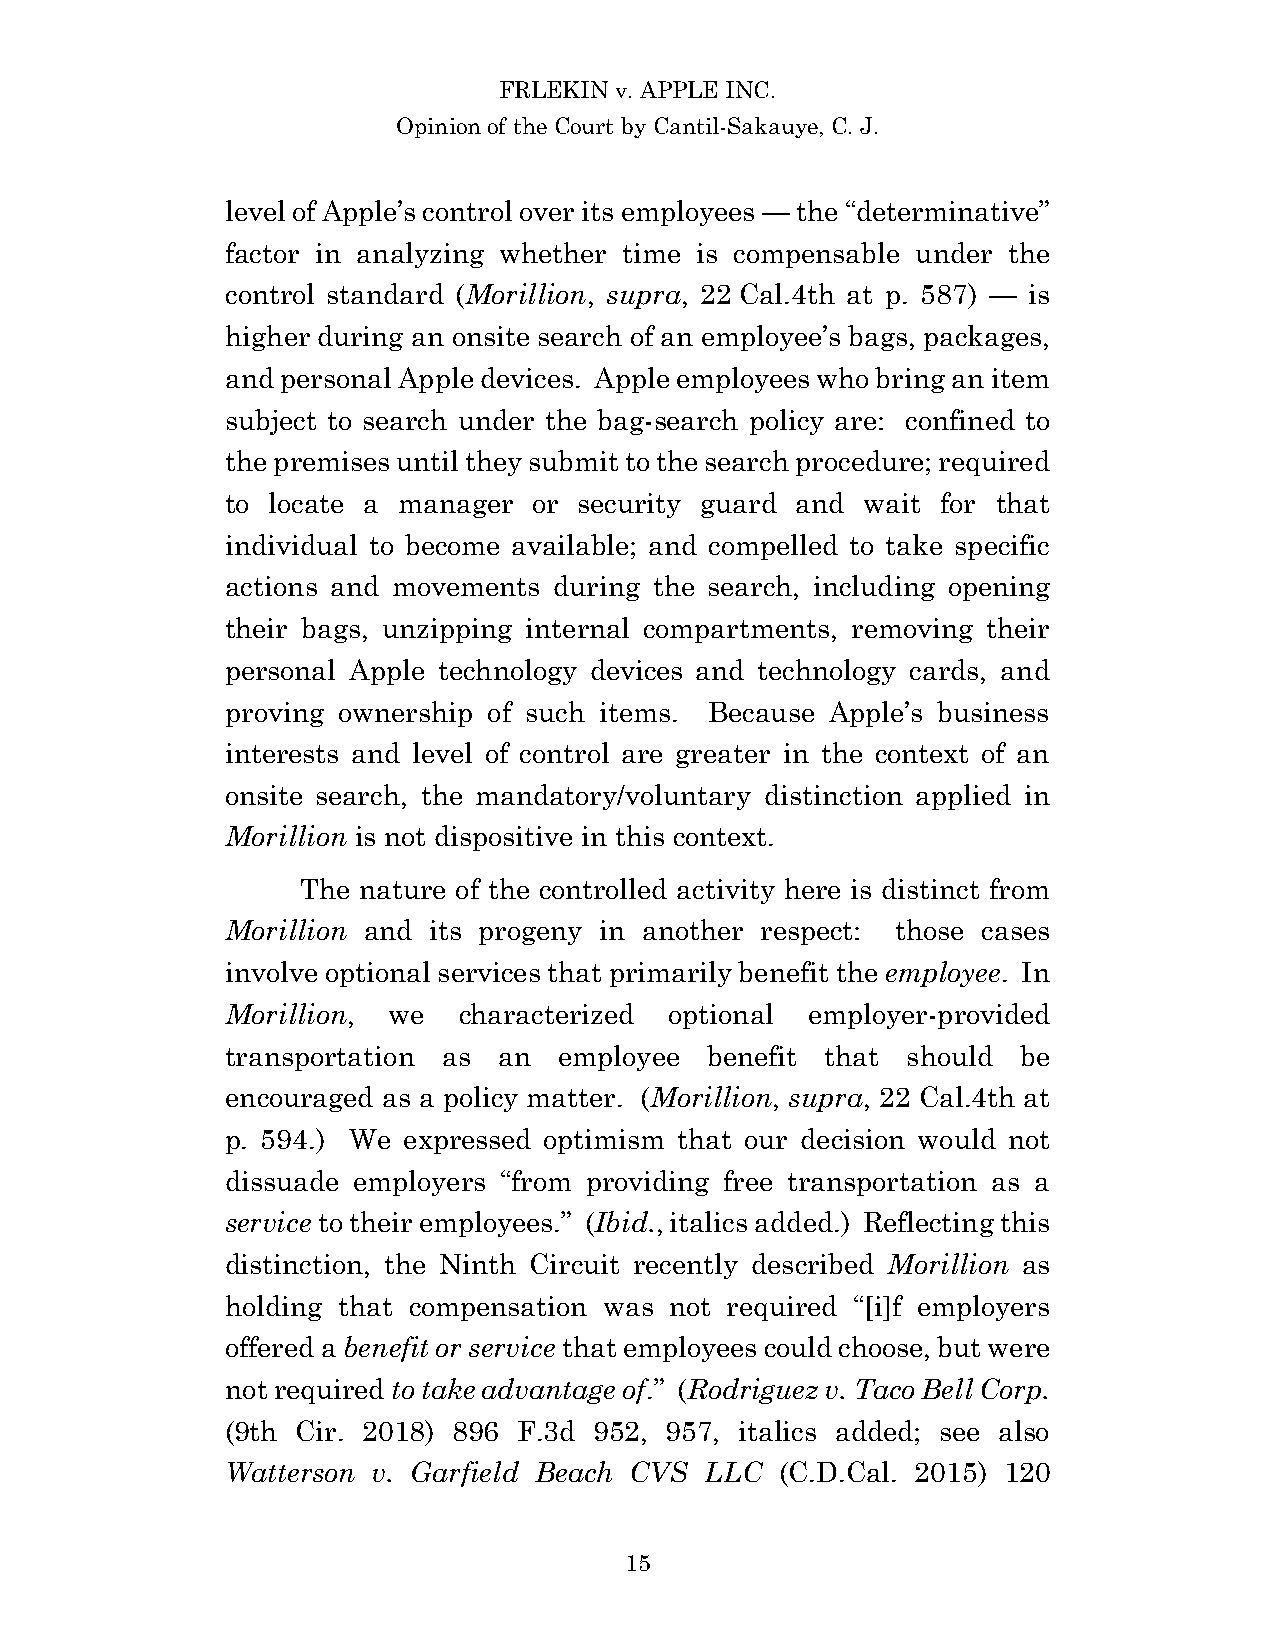
FRLEKIN v. APPLE INC.
 Opinion of the Court by Cantil-Sakauye, C. J.
 level of Apple’s control over its employees — the “determinative”
 factor in analyzing whether time is compensable under the
 control standard (Morillion, supra, 22 Cal.4th at p. 587) — is
 higher during an onsite search of an employee’s bags, packages,
 and personal Apple devices. Apple employees who bring an item
 subject to search under the bag-search policy are: confined to
 the premises until they submit to the search procedure; required
 to locate a manager or security guard and wait for that
 individual to become available; and compelled to take specific
 actions and movements during the search, including opening
 their bags, unzipping internal compartments, removing their
 personal Apple technology devices and technology cards, and
 proving ownership of such items. Because Apple’s business
 interests and level of control are greater in the context of an
 onsite search, the mandatory/voluntary distinction applied in
 Morillion is not dispositive in this context.
 The nature of the controlled activity here is distinct from
 Morillion and its progeny in another respect: those cases
 involve optional services that primarily benefit the employee. In
 Morillion, we  characterized optional employer-provided
 transportation as an  employee  benefit that should  be
 encouraged as a policy matter. (Morillion, supra, 22 Cal.4th at
 p. 594.) We expressed optimism that our decision would not
 dissuade employers “from providing free transportation as a
 service to their employees.” (Ibid., italics added.) Reflecting this
 distinction, the Ninth Circuit recently described Morillion as
 holding that compensation was not required “[i]f employers
 offered a benefit or service that employees could choose, but were
 not required to take advantage of.” (Rodriguez v. Taco Bell Corp.
 (9th Cir. 2018) 896 F.3d 952, 957, italics added; see also
 Watterson v. Garfield Beach CVS LLC  (C.D.Cal. 2015) 120
 15